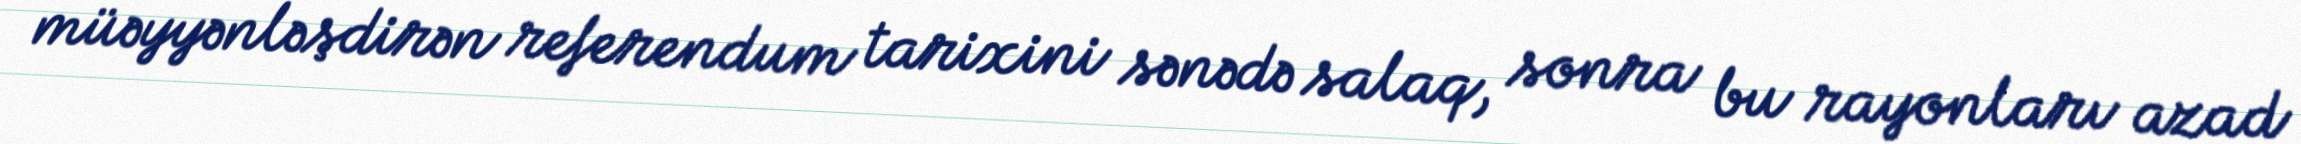
müəyyənləşdirən referendum tarixini sənədə salaq, sonra bu rayonları azad